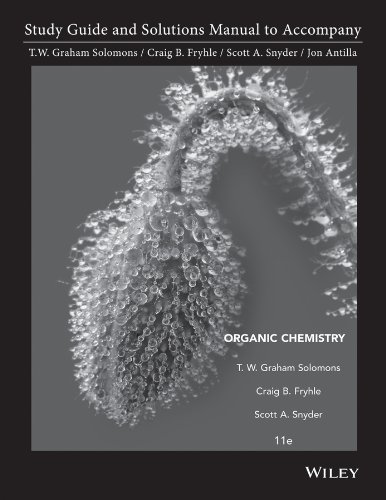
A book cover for Student Study Guide and Student Solutions Manual to accompany Organic Chemistry 11e; T. W. Graham Solomons; Science & Math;